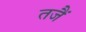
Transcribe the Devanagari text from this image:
तजैं